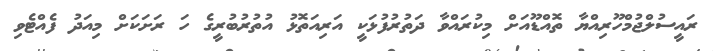
ރައީސުލްޖުމްހޫރިއްޔާ ތޮއްޑޫއަށް މިކުރައްވާ ދަތުރުފުޅަކީ އަރިއަތޮޅު އުތުރުބުރީގެ ހަ ރަށަކަށް މިއަދު ފެއްޓެވި